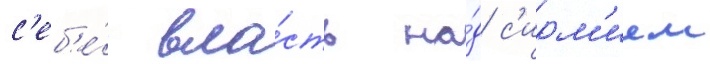
с'еб'е́ вла́сть на́д с'ирм'ием